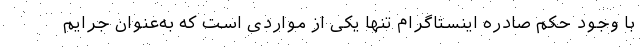
با وجود حکم صادره اینستاگرام تنها یکی از مواردی است که به‌عنوان جرایم